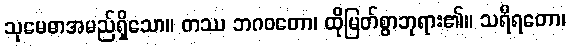
သုမေဓာအမည်ရှိသော။ တဿ ဘဂဝတော၊ ထိုမြတ်စွာဘုရား၏။ သရီရတော၊